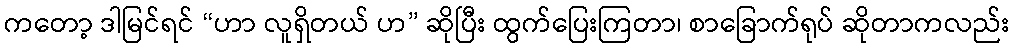
ကတော့ ဒါမြင်ရင် “ဟာ လူရှိတယ် ဟ” ဆိုပြီး ထွက်ပြေးကြတာ၊ စာခြောက်ရုပ် ဆိုတာကလည်း